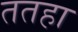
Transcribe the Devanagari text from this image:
ततहा